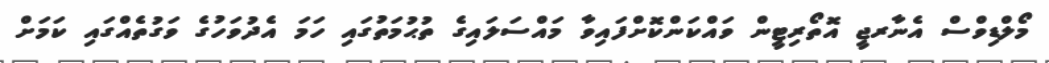
މޯލްޑިވްސް އެނާރޖީ އޮތޯރިޓީން ވައްކަންކޮށްފައިވާ މައްސަލައިގެ ތުޙުމަތުގައި ހަމަ އެދުވަހުގެ ވަގުތެއްގައި ކަމަށް